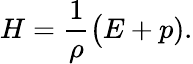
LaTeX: H=\frac{1}{\rho}\big(E+p).